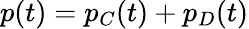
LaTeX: p(t)=p_{C}(t)+p_{D}(t)